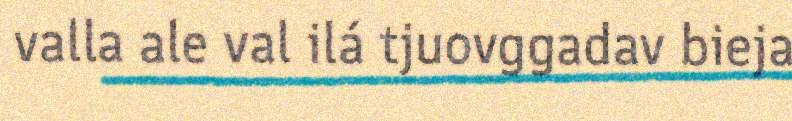
valla ale val ilá tjuovggadav bieja